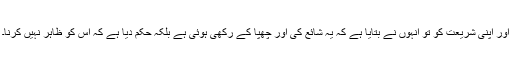
اور اپنی شریعت کو تو انہوں نے بتایا ہے کہ یہ شائع کی اور چُھپا کے رکھی ہوئی ہے بلکہ حکم دیا ہے کہ اس کو ظاہر نہیں کرنا۔